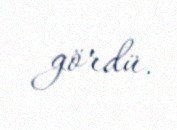
gördü.